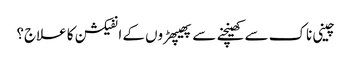
چینی ناک سے کھینچنے سے پھیپھڑوں کے انفیکشن کا علاج؟